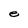
Character: e